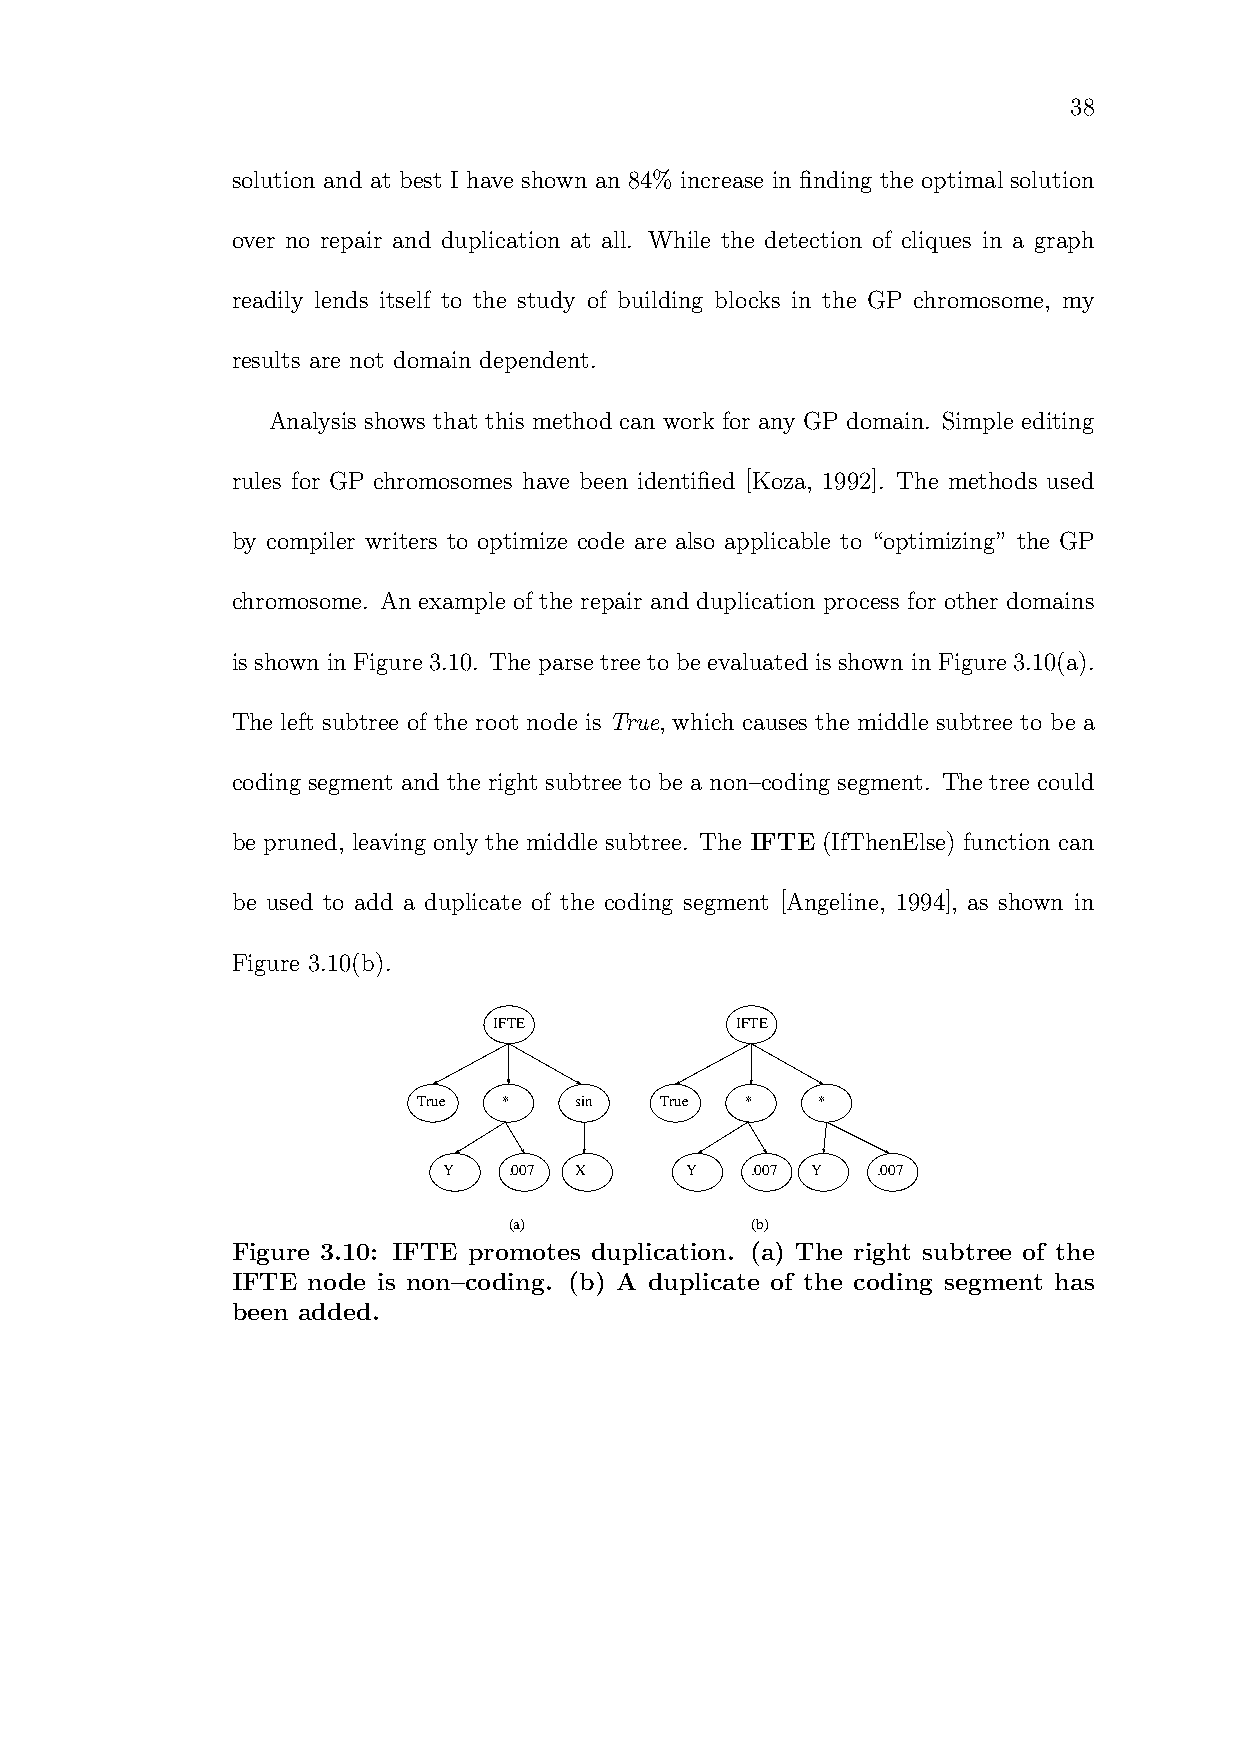
38
 solution and at best I have shown an 84% increase in finding the optimal solution
 over no repair and duplication at all. While the detection of cliques in a graph
 readily lends itself to the study of building blocks in the GP chromosome, my
 results are not domain dependent.
 Analysis shows that this method can work for any GP domain. Simple editing
 rules for GP chromosomes have been identified [Koza, 1992]. The methods used
 by compiler writers to optimize code are also applicable to “optimizing” the GP
 chromosome. An example of the repair and duplication process for other domains
 is shown in Figure 3.10. The parse tree to be evaluated is shown in Figure 3.10(a).
 The left subtree of the root node is True, which causes the middle subtree to be a
 coding segment and the right subtree to be a non–coding segment. The tree could
 be pruned, leaving only the middle subtree. The IFTE (IfThenElse) function can
 be used to add a duplicate of the coding segment [Angeline, 1994], as shown in
 Figure 3.10(b).
 IFTE            IFTE
 True *    sin   True *    *
 Y    .007 X     Y    .007 Y  .007
 (a)             (b)
 Figure 3.10: IFTE promotes duplication. (a) The right subtree of the
 IFTE node is non–coding. (b) A duplicate of the coding segment has
 been added.